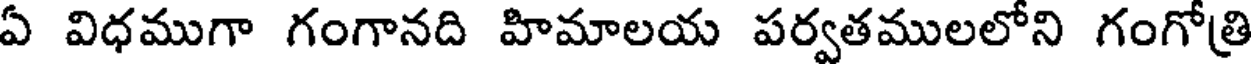
ఏ విధముగా గంగానది హిమాలయ పర్వతములలోని గంగోత్రి